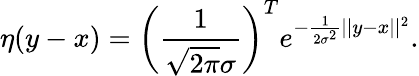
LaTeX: \eta(y-x)=\bigg(\frac{1}{\sqrt{2\pi}\sigma}\bigg)^{T}e^{-\frac{1}{2\sigma^{2}}||y-x||^{2}}.